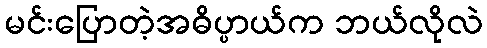
မင်းပြောတဲ့အဓိပ္ပာယ်က ဘယ်လိုလဲ